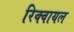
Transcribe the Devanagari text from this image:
रिक्वायल